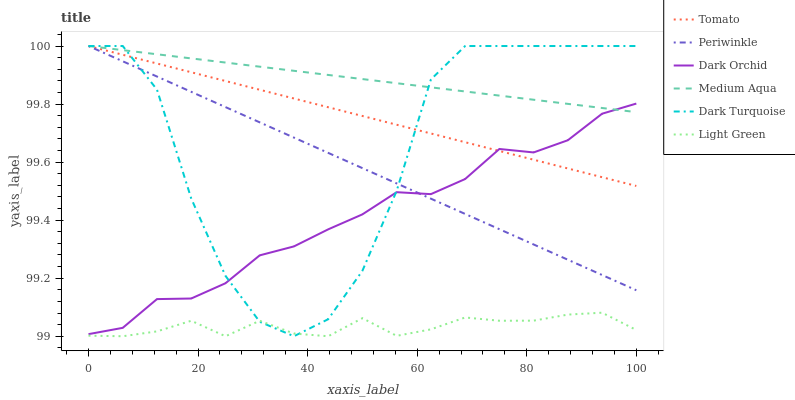
| xaxis_label | Tomato | Periwinkle | Dark Orchid | Medium Aqua | Dark Turquoise | Light Green |
 | --- | --- | --- | --- | --- | --- | --- |
 | 0 | 100 | 100 | 99 | 100 | 100 | 99 |
 | 6.25 | 100 | 99.9 | 99 | 100 | 100 | 99 |
 | 12.5 | 99.9 | 99.9 | 99.1 | 100 | 99.8 | 99 |
 | 18.8 | 99.9 | 99.8 | 99.1 | 100 | 99.5 | 99.1 |
 | 25 | 99.9 | 99.8 | 99.2 | 99.9 | 99.2 | 99 |
 | 31.2 | 99.8 | 99.7 | 99.3 | 99.9 | 99 | 99.1 |
 | 37.5 | 99.8 | 99.7 | 99.3 | 99.9 | 99 | 99 |
 | 43.8 | 99.8 | 99.6 | 99.4 | 99.9 | 99.1 | 99 |
 | 50 | 99.8 | 99.6 | 99.4 | 99.9 | 99.2 | 99.1 |
 | 56.2 | 99.7 | 99.5 | 99.5 | 99.9 | 99.5 | 99 |
 | 62.5 | 99.7 | 99.5 | 99.5 | 99.9 | 99.9 | 99 |
 | 68.8 | 99.7 | 99.4 | 99.5 | 99.8 | 100 | 99.1 |
 | 75 | 99.6 | 99.4 | 99.6 | 99.8 | 100 | 99.1 |
 | 81.2 | 99.6 | 99.3 | 99.6 | 99.8 | 100 | 99.1 |
 | 87.5 | 99.6 | 99.3 | 99.7 | 99.8 | 100 | 99.1 |
 | 93.8 | 99.5 | 99.2 | 99.8 | 99.8 | 100 | 99.1 |
 | 100 | 99.5 | 99.2 | 99.8 | 99.8 | 100 | 99 |